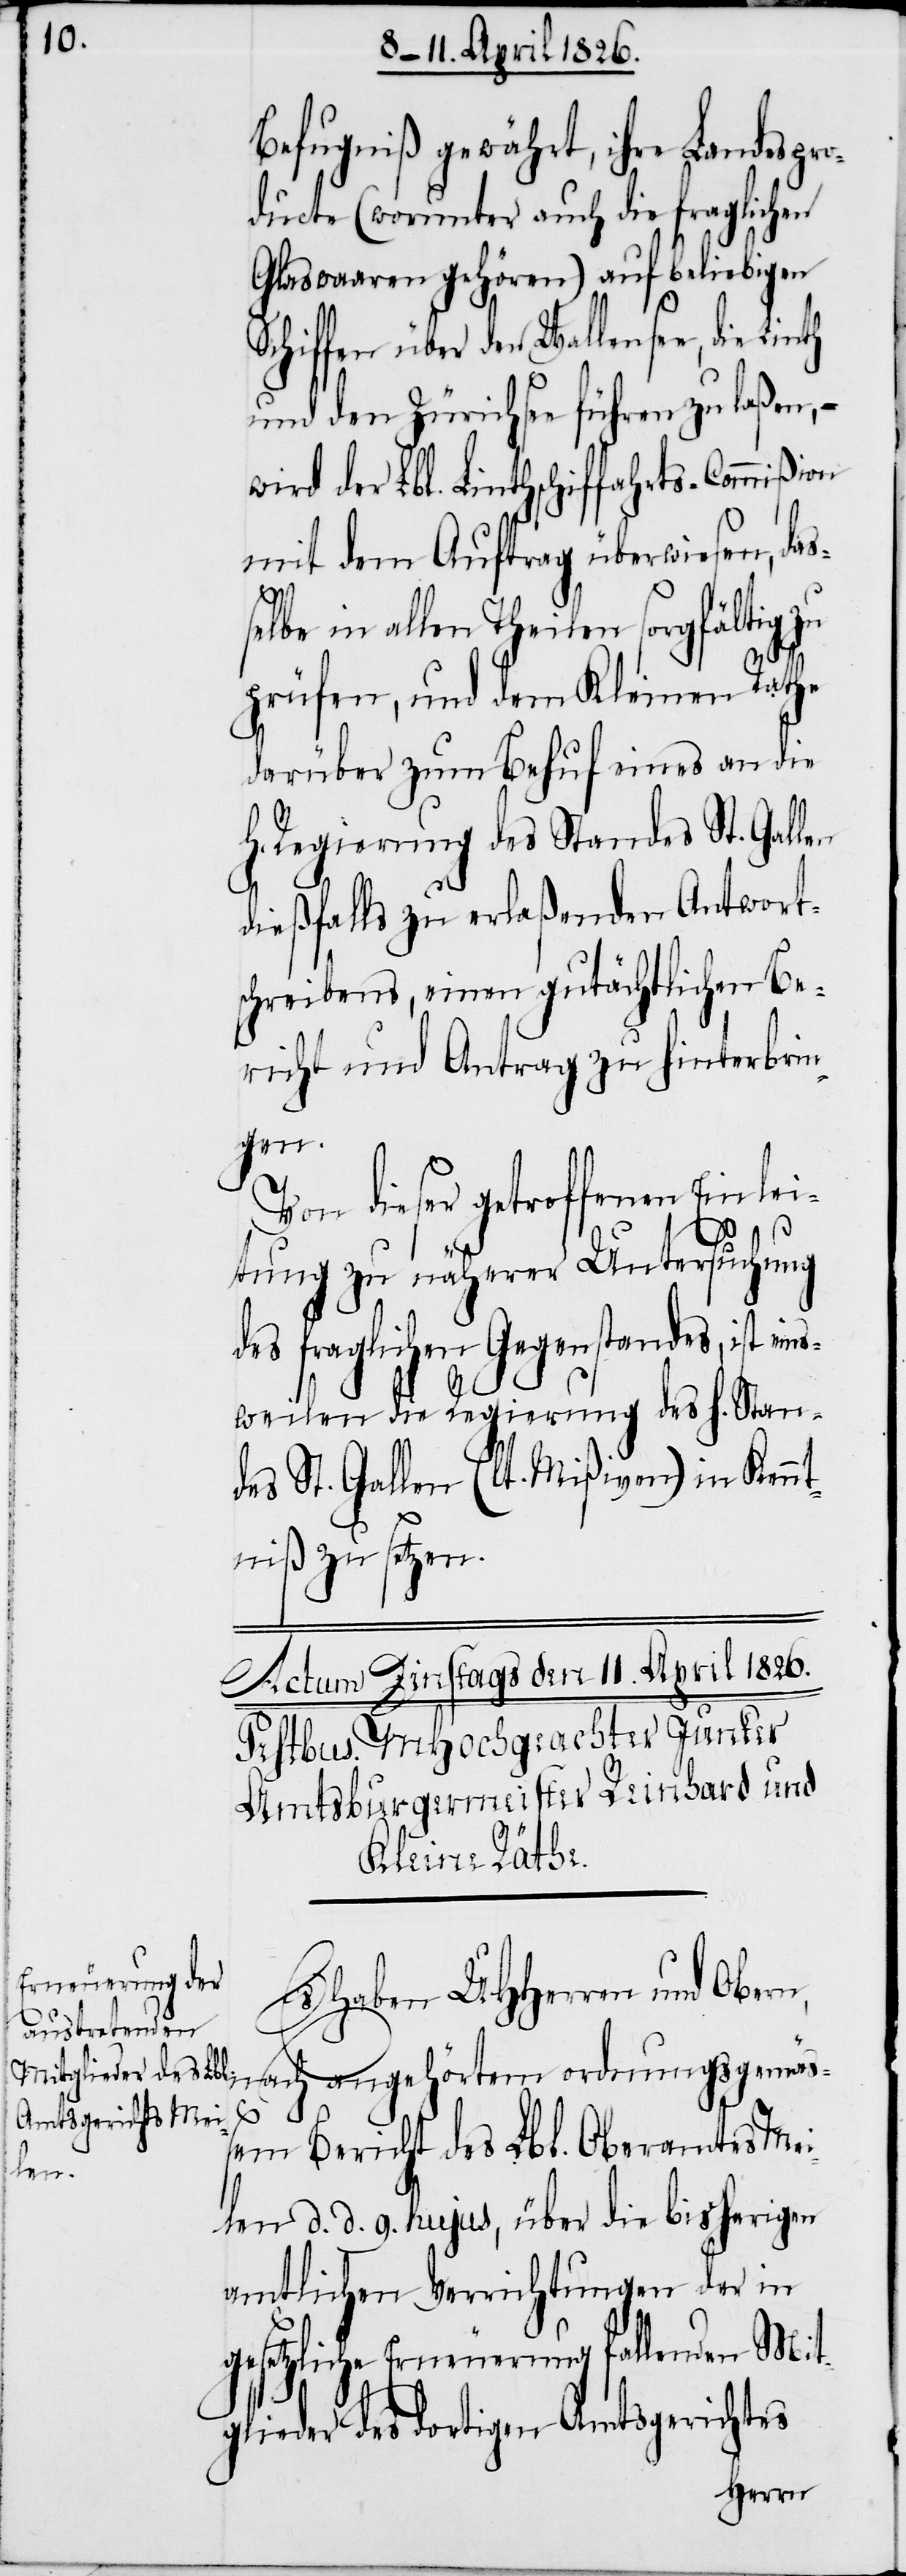
Befugniß gewährt, ihre Landespro¬
ducte (worunter auch die fraglichen
Glaswaaren gehören) auf beliebigen
Schiffen über den Wallensee, die
und den Zürichsee führen zu laßen, –
wird der Lbl. Linthschiffahrts-Commißion
mit dem Auftrag überwiesen, das¬
selbe in allen Theilen sorgfältig zu
prüfen, und dem Kleinen Rathe
darüber zum Behuf eines an die
Regierung des Standes St. Gallen
dießfalls zu erlaßenden Antwort¬
schreibens, einen gutächtlichen Be¬
richt und Antrag zu hinterbrin¬
gen.
Von dieser getroffenen Einlei¬
tung zu näherer Untersuchung
des fraglichen Gegenstandes, ist
weilen die Regierung des h. Stan¬
des St. Gallen (lt. Mißiven) in Kennt¬
niß zu setzen.
Es haben UHHerren und Obern,
nach angehörtem ordnungsgemä¬
eins¬
ßem Bericht des Lbl. Oberamtes Mei¬
len d. d. 9. hujus, über die bisherigen
amtlichen Verrichtungen der in
gesetzliche Erneuerung fallenden Mit¬
glieder des dortigen Amtsgerichtes